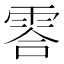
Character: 䨐